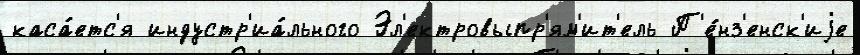
каса́етс'я индустр'иа́льного Эл'ектровыпр'ям'ит'ель П'е́нз'енск'иjе